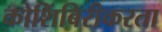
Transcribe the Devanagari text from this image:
कोशिंबिरीकरता